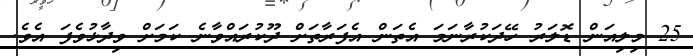
25 މިލިއަން ޑޮލަރު ހޭދަކުރާނަމަ އެތަން އެފަރާތަށް ދޫކުރައްވާނެ ކަމަށް ވިދާޅުވެފަ އެވެ.